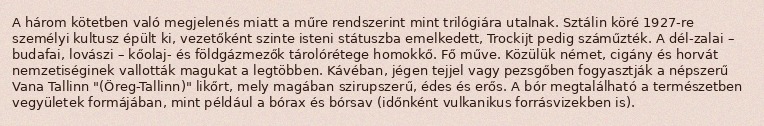
A három kötetben való megjelenés miatt a műre rendszerint mint trilógiára utalnak. Sztálin köré 1927-re személyi kultusz épült ki, vezetőként szinte isteni státuszba emelkedett, Trockijt pedig száműzték. A dél-zalai – budafai, lovászi – kőolaj- és földgázmezők tárolórétege homokkő. Fő műve. Közülük német, cigány és horvát nemzetiséginek vallották magukat a legtöbben. Kávéban, jégen tejjel vagy pezsgőben fogyasztják a népszerű Vana Tallinn "(Öreg-Tallinn)" likőrt, mely magában szirupszerű, édes és erős. A bór megtalálható a természetben vegyületek formájában, mint például a bórax és bórsav (időnként vulkanikus forrásvizekben is).